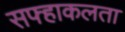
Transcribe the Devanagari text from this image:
सफ्हाकलता